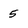
Character: 5